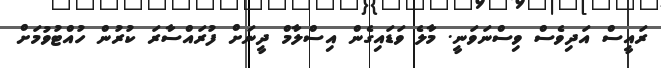
ރައީސް އަދިވެސް ވިސްނަވަނީ. މާލެ ވަޑައިގެން އިސްލާމް ދީނަށް ފުރައްސާރަ ކުރުން ހުއްޓުވުމަށް